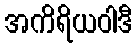
အကိရိယဝါဒီ